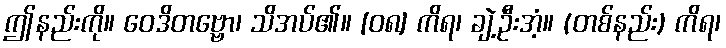
ဤနည်းကို။ ဝေဒိတဗ္ဗော၊ သိအပ်၏။ [၀၈] ကိရ၊ ချဲ့ဦးအံ့။ (တစ်နည်း) ကိရ၊